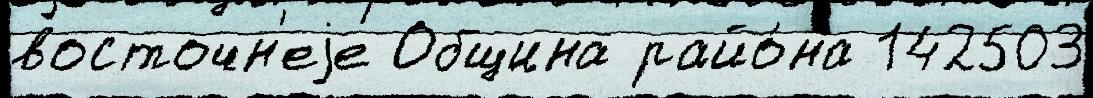
восточн'еjе Община райо́на 142503